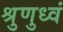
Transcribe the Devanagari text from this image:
श्रुणुध्वं